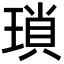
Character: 瑣